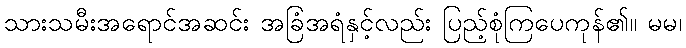
သားသမီးအရောင်အဆင်း အခြံအရံနှင့်လည်း ပြည့်စုံကြပေကုန်၏။ မမ၊